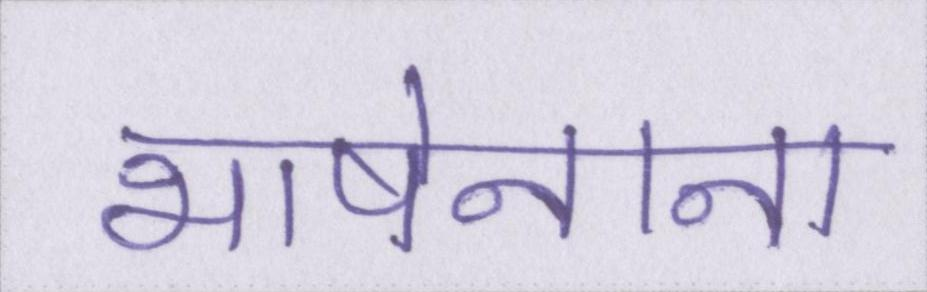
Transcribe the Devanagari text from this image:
भाषेनाना